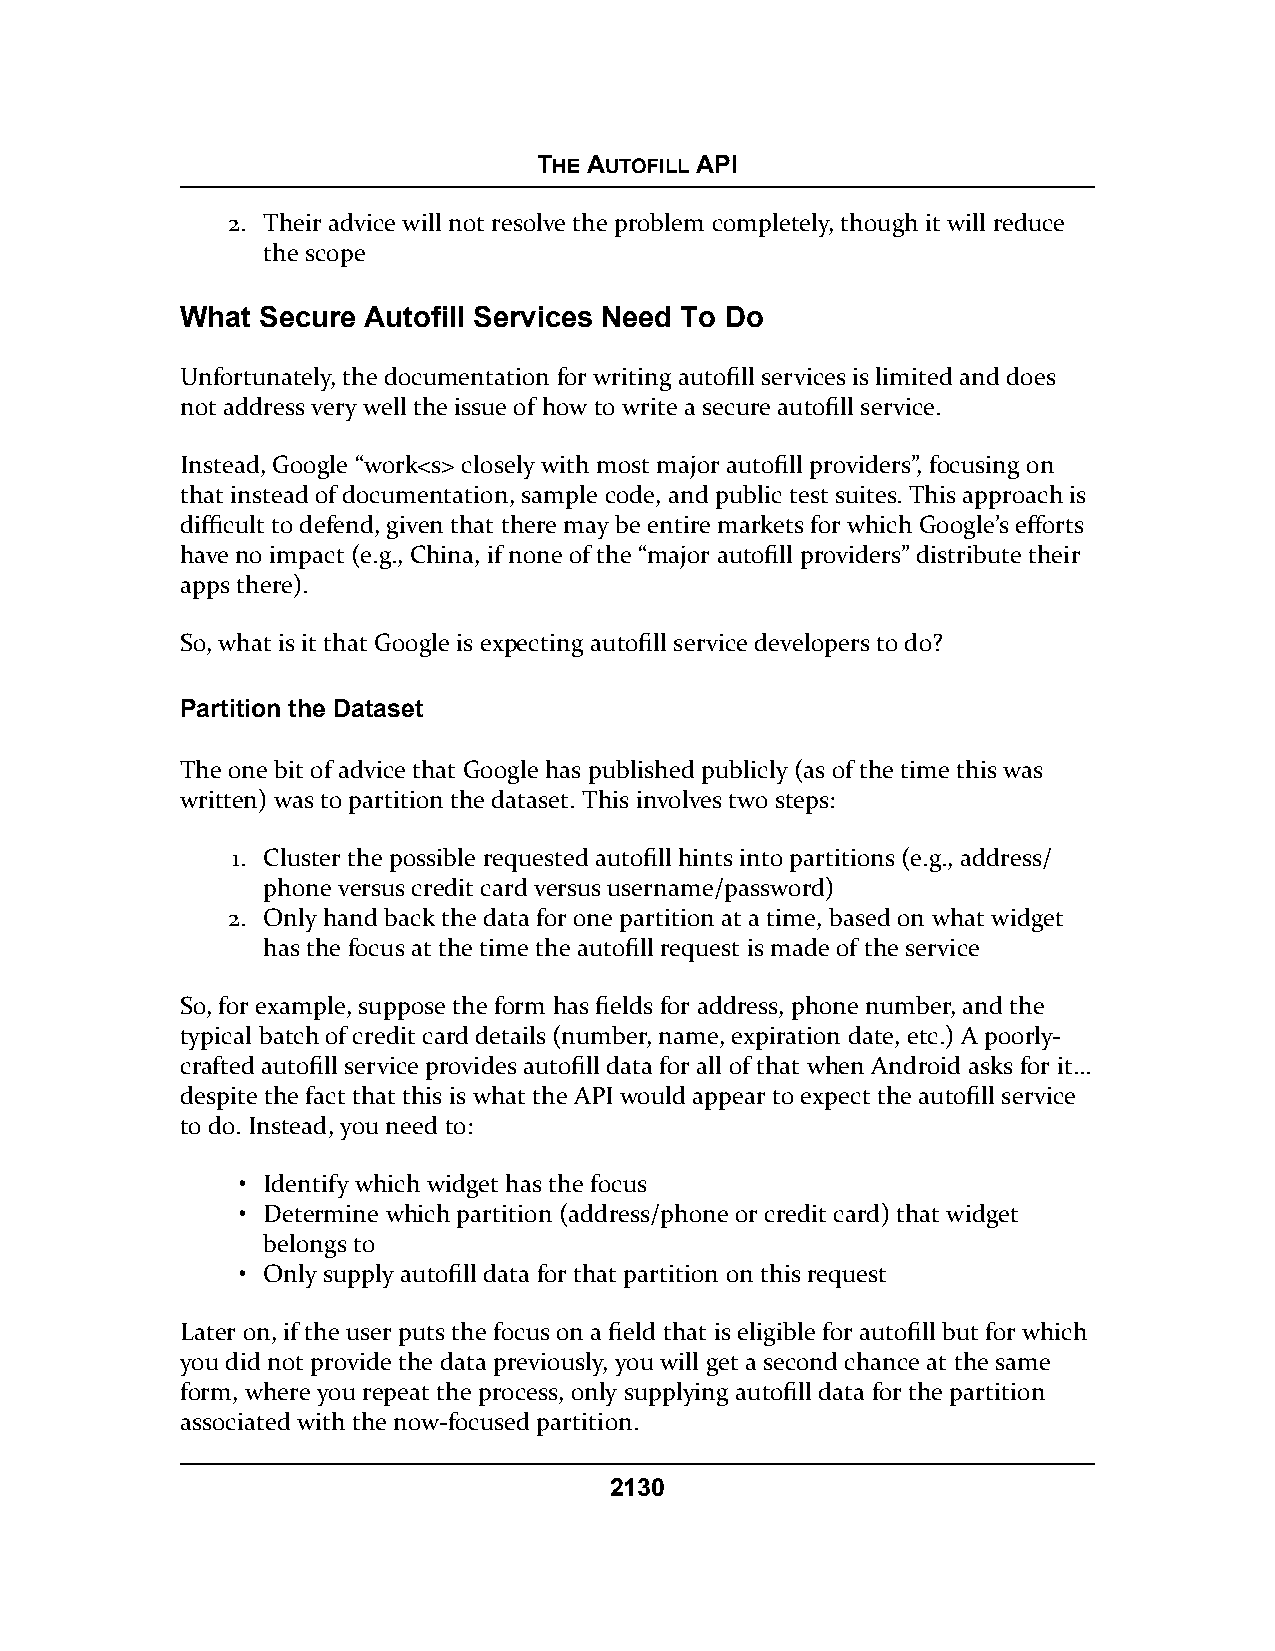
THE AUTOFILL API
 2. Their advice will not resolve the problem completely, though it will reduce
 the scope
 What Secure Autofill Services Need To Do
 Unfortunately, the documentation for writing autofill services is limited and does
 not address very well the issue of how to write a secure autofill service.
 Instead, Google “work
 closely with most major autofill providers”, focusing on
 that instead of documentation, sample code, and public test suites. This approach is
 difficult to defend, given that there may be entire markets for which Google’s efforts
 have no impact (e.g., China, if none of the “major autofill providers” distribute their
 apps there).
 So, what is it that Google is expecting autofill service developers to do?
 Partition the Dataset
 The one bit of advice that Google has published publicly (as of the time this was
 written) was to partition the dataset. This involves two steps:
 1. Cluster the possible requested autofill hints into partitions (e.g., address/
 phone versus credit card versus username/password)
 2. Only hand back the data for one partition at a time, based on what widget
 has the focus at the time the autofill request is made of the service
 So, for example, suppose the form has fields for address, phone number, and the
 typical batch of credit card details (number, name, expiration date, etc.) A poorly-
 crafted autofill service provides autofill data for all of that when Android asks for it…
 despite the fact that this is what the API would appear to expect the autofill service
 to do. Instead, you need to:
 • Identify which widget has the focus
 • Determine which partition (address/phone or credit card) that widget
 belongs to
 • Only supply autofill data for that partition on this request
 Later on, if the user puts the focus on a field that is eligible for autofill but for which
 you did not provide the data previously, you will get a second chance at the same
 form, where you repeat the process, only supplying autofill data for the partition
 associated with the now-focused partition.
 2130